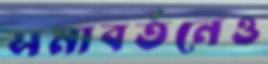
সমাবর্তনেও